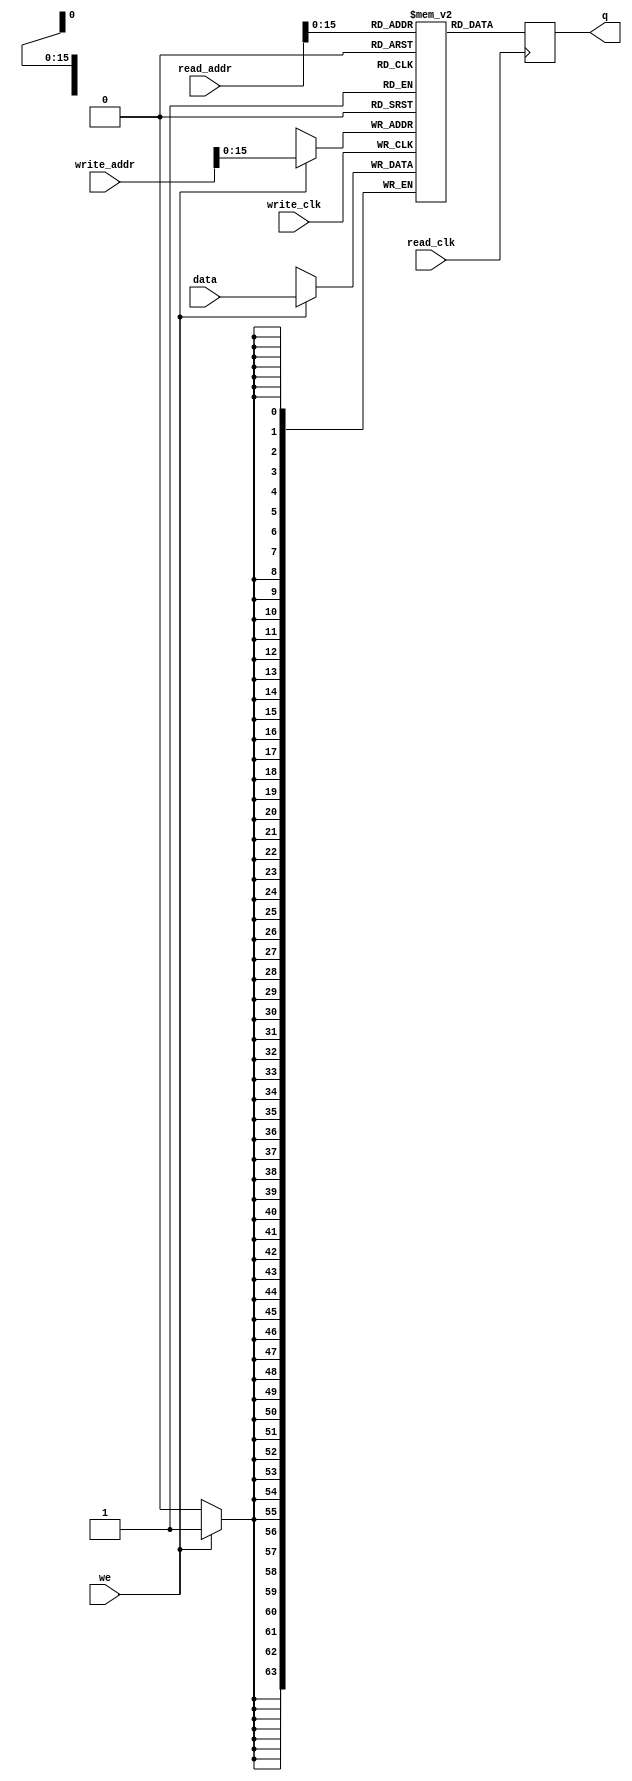
module simple_ram_dual_clock #(
  parameter DATA_WIDTH=64,                 //width of data bus
  parameter ADDR_WIDTH=20
  
                    //width of addresses buses
)(
  input      [DATA_WIDTH-1:0] data,       //data to be written
  input      [ADDR_WIDTH-1:0] read_addr,  //address for read operation
  input      [ADDR_WIDTH-1:0] write_addr, //address for write operation
  input                       we,         //write enable signal
  input                       read_clk,   //clock signal for read operation
  input                       write_clk,  //clock signal for write operation
  output reg [DATA_WIDTH-1:0] q           //read data
);
    
  reg [DATA_WIDTH-1:0] ram [52488]; // ** is exponentiation
  initial begin

  end  
  always @(posedge write_clk) begin //WRITE
    if (we) begin
	  #20;
      ram[write_addr] <= data;
    end
  end
    
  always @(posedge read_clk) begin //READ
	#20;
    q <= ram[read_addr];
  end
    
endmodule